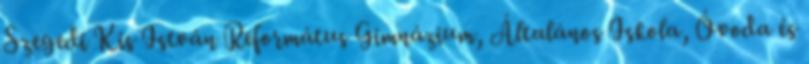
Szegedi Kis István Református Gimnázium, Általános Iskola, Óvoda és